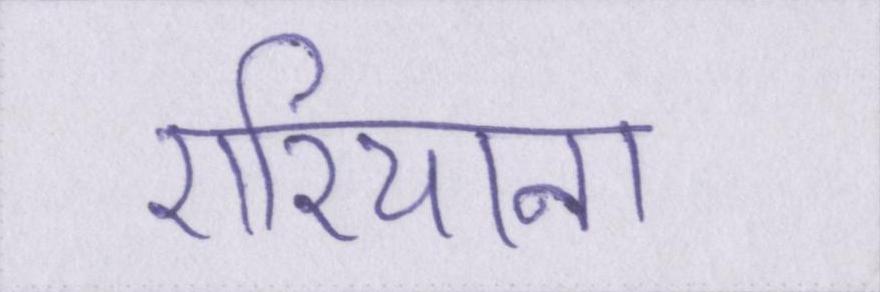
एरियाना